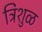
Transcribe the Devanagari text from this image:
त्रिशुळ